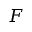
F